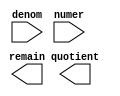
module lpm_divider (
	denom,
	numer,
	quotient,
	remain);

	input	[9:0]  denom;
	input	[16:0]  numer;
	output	[16:0]  quotient;
	output	[9:0]  remain;

endmodule